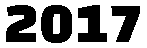
2017